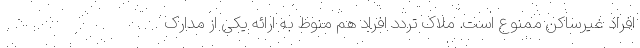
افراد غیرساکن ممنوع است. ملاک تردد افراد هم منوط به ارائه یکی از مدارک